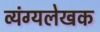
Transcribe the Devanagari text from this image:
व्यंग्यलेखक